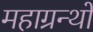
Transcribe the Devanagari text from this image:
महाग्रन्थों